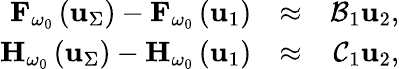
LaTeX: \begin{array}{rlr}{{\mathbf F}_{\omega_{0}}\left({\mathbf u}_{\Sigma}\right)-{\mathbf F}_{\omega_{0}}\left({\mathbf u}_{1}\right)}&{\approx}&{{\cal B}_{1}\mathbf{u}_{2},}\\ {{\mathbf H}_{\omega_{0}}\left({\mathbf u}_{\Sigma}\right)-{\mathbf H}_{\omega_{0}}\left({\mathbf u}_{1}\right)}&{\approx}&{{\cal C}_{1}\mathbf{u}_{2},}\end{array}